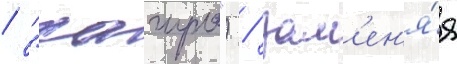
/ "хагуро") / зам'ен'я́я